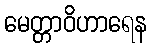
မေတ္တာဝိဟာရေန